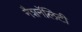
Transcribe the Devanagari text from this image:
नैशनॅलिटी